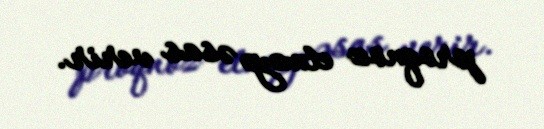
proqnoz etməyə əsas verir.